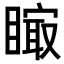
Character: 𥊁